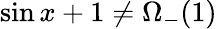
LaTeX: \sin x+1\not=\Omega_{-}(1)